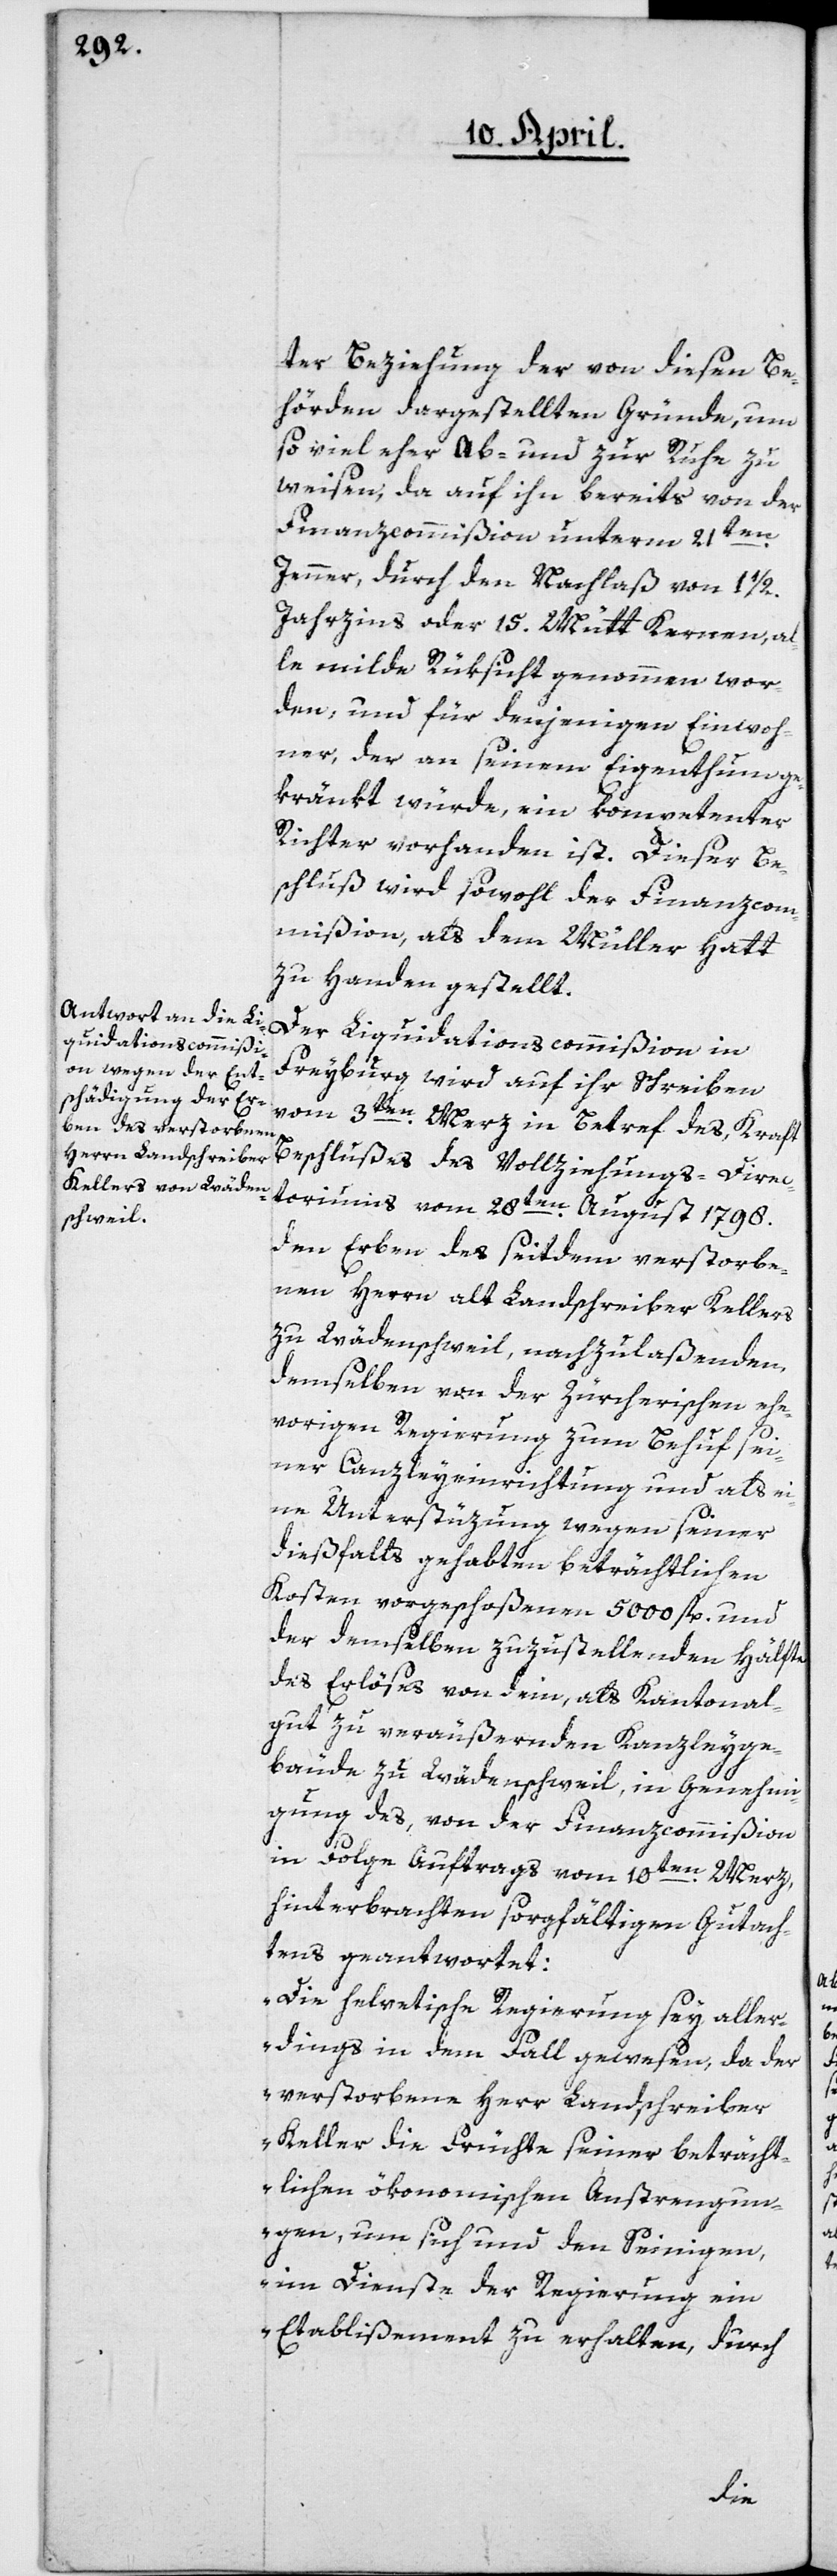
ter Beziehung der von diesen Be¬
hörden dargestellten Gründe, um
so viel eher ab- und zur Ruhe zu
weisen; da auf ihn bereits von der
Finanzcommißion unterm 21ten
Jenner, durch den Nachlaß von 1 1/2
Jahrzins oder 15. Mütt Kernen, al¬
le milde Rüksicht genommen wor¬
den, und für denjenigen Einwoh¬
ner, der an seinem Eigenthum ge¬
kränkt würde, ein kompetenter
Richter vorhanden ist. Dieser Be¬
schluß wird sowohl der Finanzcom¬
mißion als dem Müller Hatt
zu Handen gestellt.
Der Liquidationscommißion in
Freyburg wird auf ihr Schreiben
vom 3ten Merz in Betref des, Kraft
Beschlußes des Vollziehungs-Direc¬
toriums vom 28ten August 1798.
den Erben des seitdem verstorbe¬
nen Herrn alt Landschreiber Kellers
zu Wädenschweil nachzulaßenden,
demselben von der Zürcherischen ehe¬
vorigen Regierung zum Behuf sei¬
ner Canzleyeinrichtung und als ei¬
ne Unterstüzung wegen seiner
dießfalls gehabten beträchtlichen
Kosten vorgeschoßenen 5000 fl. und
der demselben zuzustellenden Hälfte
des Erlöses von dem, als Kantonal¬
gut zu veräußernden Kanzleyge¬
bäude zu Wädenschweil, in Genehmi¬
gung des, von der Finanzcommißion
in Folge Auftrags vom 10ten Merz,
hinterbrachten sorgfältigen Gutach¬
tens geantwortet:
„Die helvetische Regierung sey aller¬
dings in dem Fall gewesen, da der
verstorbene Herr Landschreiber
Keller die Früchte seiner beträcht¬
lichen ökonomischen Anstrengun¬
gen, um sich und den Seinigen,
im Dienste der Regierung ein
Etablißement zu erhalten, durch